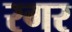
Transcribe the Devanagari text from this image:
रगर